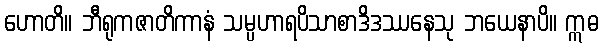
ဟောတိ။ ဘီရုကဇာတိကာနံ သမ္ပဟာရပိသာစာဒိဒဿနေသု ဘယေနာပိ။ ဣဓ